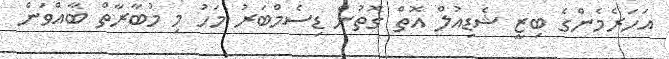
އަހަރެމެންގެ ބިޒީ ޝެޑިއުލް އޮތް ގޮތުން ޑިސެމްބަރު މަހު މި މުބާރާތް ބާއްވަން